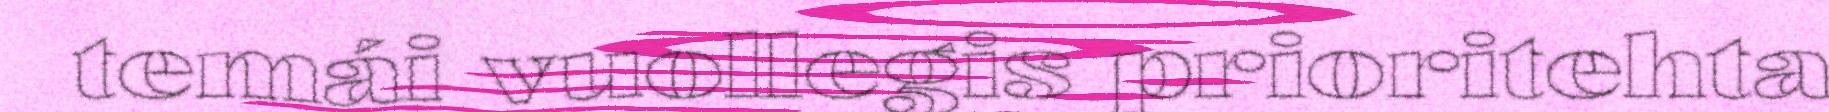
temái vuollegis prioritehta